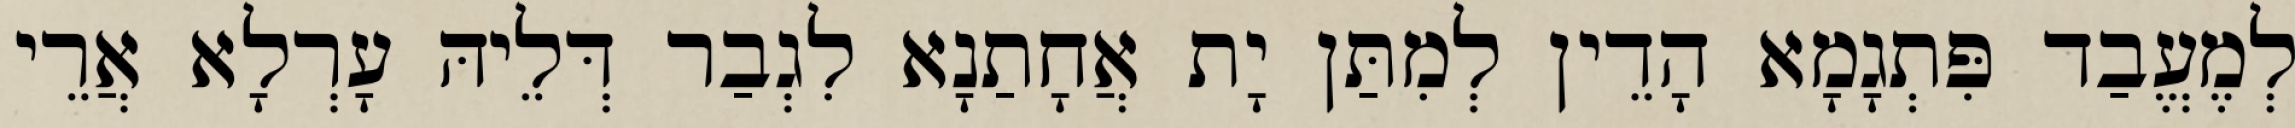
לְמֶעֱבַד פִּתְגָמָא הָדֵין לְמִתַּן יָת אֲחָתַנָא לִגְבַר דְּלֵיהּ עָרְלָא אֲרֵי